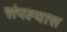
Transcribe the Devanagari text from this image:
संपल्यास